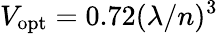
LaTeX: V_{\mathrm{opt}}=0.72(\lambda/n)^{3}